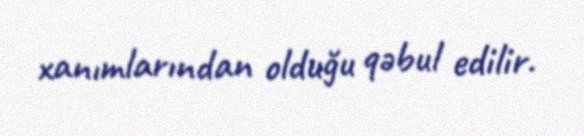
xanımlarından olduğu qəbul edilir.